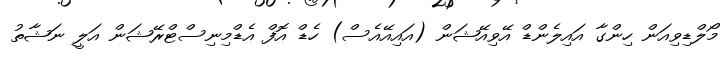
މޯލްޑިވިއަން ހިންގާ އައިލެންޑް އޭވިއޭޝަން (އައިއޭއެސް) ހެޑް އޮފް އެޑްމިނިސްޓްރޭޝަން އަލީ ނަޝާތު